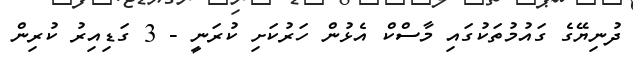
ދުނިޔޭގެ ގައުމުތަކުގައި މާސްކް އެޅުން ހަރުކަށި ކުރަނީ - 3 ގަޑިއިރު ކުރިން